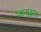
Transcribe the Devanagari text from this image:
पक्वमृद्भांड